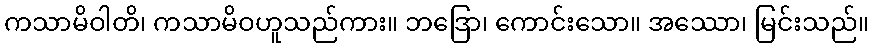
ကသာမိဝါတိ၊ ကသာမိဝဟူသည်ကား။ ဘဒြော၊ ကောင်းသော။ အဿော၊ မြင်းသည်။